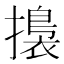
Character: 𢶑